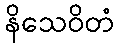
နိသေဝိတံ